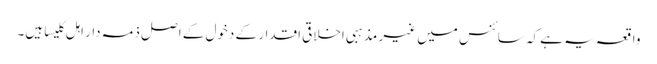
واقعہ یہ ہے کہ سائنس میں غیر مذہبی اخلاقی اقدار کے دخول کے اصل ذمہ دار اہل کلیسا ہیں۔